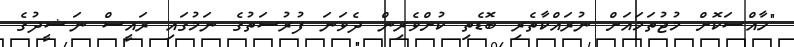
"ހާއްސަކޮށް މުޖުތަމައަށް ނުރައްކާތެރި ބޮޑެތި ކުށްވެރިން ދެވަނަ ފުރުސަތުގެ ނަމުގައި ރައީސް ނަޝީދުގެ